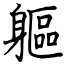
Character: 軀